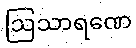
ဩသာရဏေ